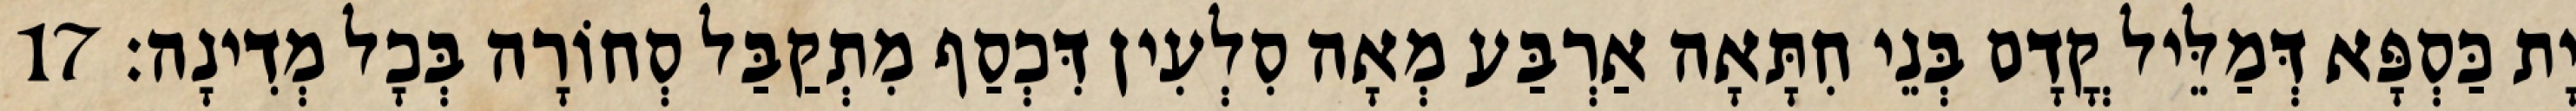
יָת כַּסְפָּא דְּמַלֵּיל קֳדָם בְּנֵי חִתָּאָה אַרְבַּע מְאָה סִלְעִין דִּכְסַף מִתְקַבַּל סְחוֹרָה בְּכָל מְדִינָה׃ 17